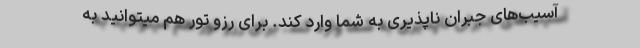
آسیب‌های جبران ناپذیری به شما وارد کند. برای رزو تور هم میتوانید به